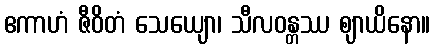
ဧကာဟံ ဇီဝိတံ သေယျော၊ သီလဝန္တဿ ဈာယိနော။